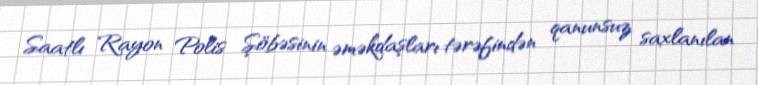
Saatlı Rayon Polis Şöbəsinin əməkdaşları tərəfindən qanunsuz saxlanılan